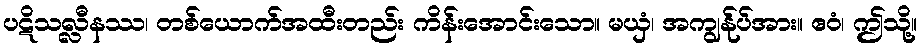
ပဋိသလ္လီနဿ၊ တစ်ယောက်အထီးတည်း ကိန်းအောင်းသော။ မယှံ၊ အကျွန်ုပ်အား။ ဧဝံ၊ ဤသို့။